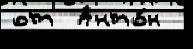
от  Анто́н